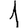
Digit: 1